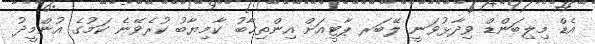
އެޑް މިލިބަންޑް ވިދާޅުވަނީ ލޭބަރ ޕާޓީއަށް އިންތިޚާބު ކާމިޔާބު ކުރެވޭނެ ކަމުގެ އުންމީދު